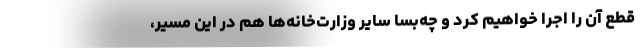
قطع آن را اجرا خواهیم کرد و چه‌بسا سایر وزارت‌خانه‌ها هم در این مسیر،